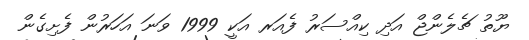
ޔޫތު ޗެލެންޖް އަދި ކިއްސަރު ފެއަރ އަކީ 1999 ވަނަ އަހަރުން ފެށިގެން